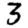
Digit: 3